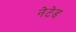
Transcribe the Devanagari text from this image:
नेटेड